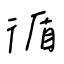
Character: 循